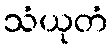
သံယုတံ